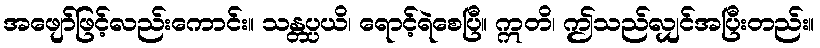
အဖျော်ဖြင့်လည်းကောင်း။ သန္တပ္ပယိ၊ ရောင့်ရဲစေပြီ။ ဣတိ၊ ဤသည်လျှင်အပြီးတည်း။